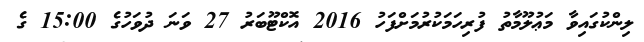
ލިންކުގައިވާ މަޢުލޫމާތު ފުރިހަމަކުރުމަށްފަހު 2016 އޮކްޓޫބަރު 27 ވަނަ ދުވަހުގެ 15:00 ގެ